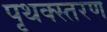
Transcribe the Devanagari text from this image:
पृथक्स्तरण